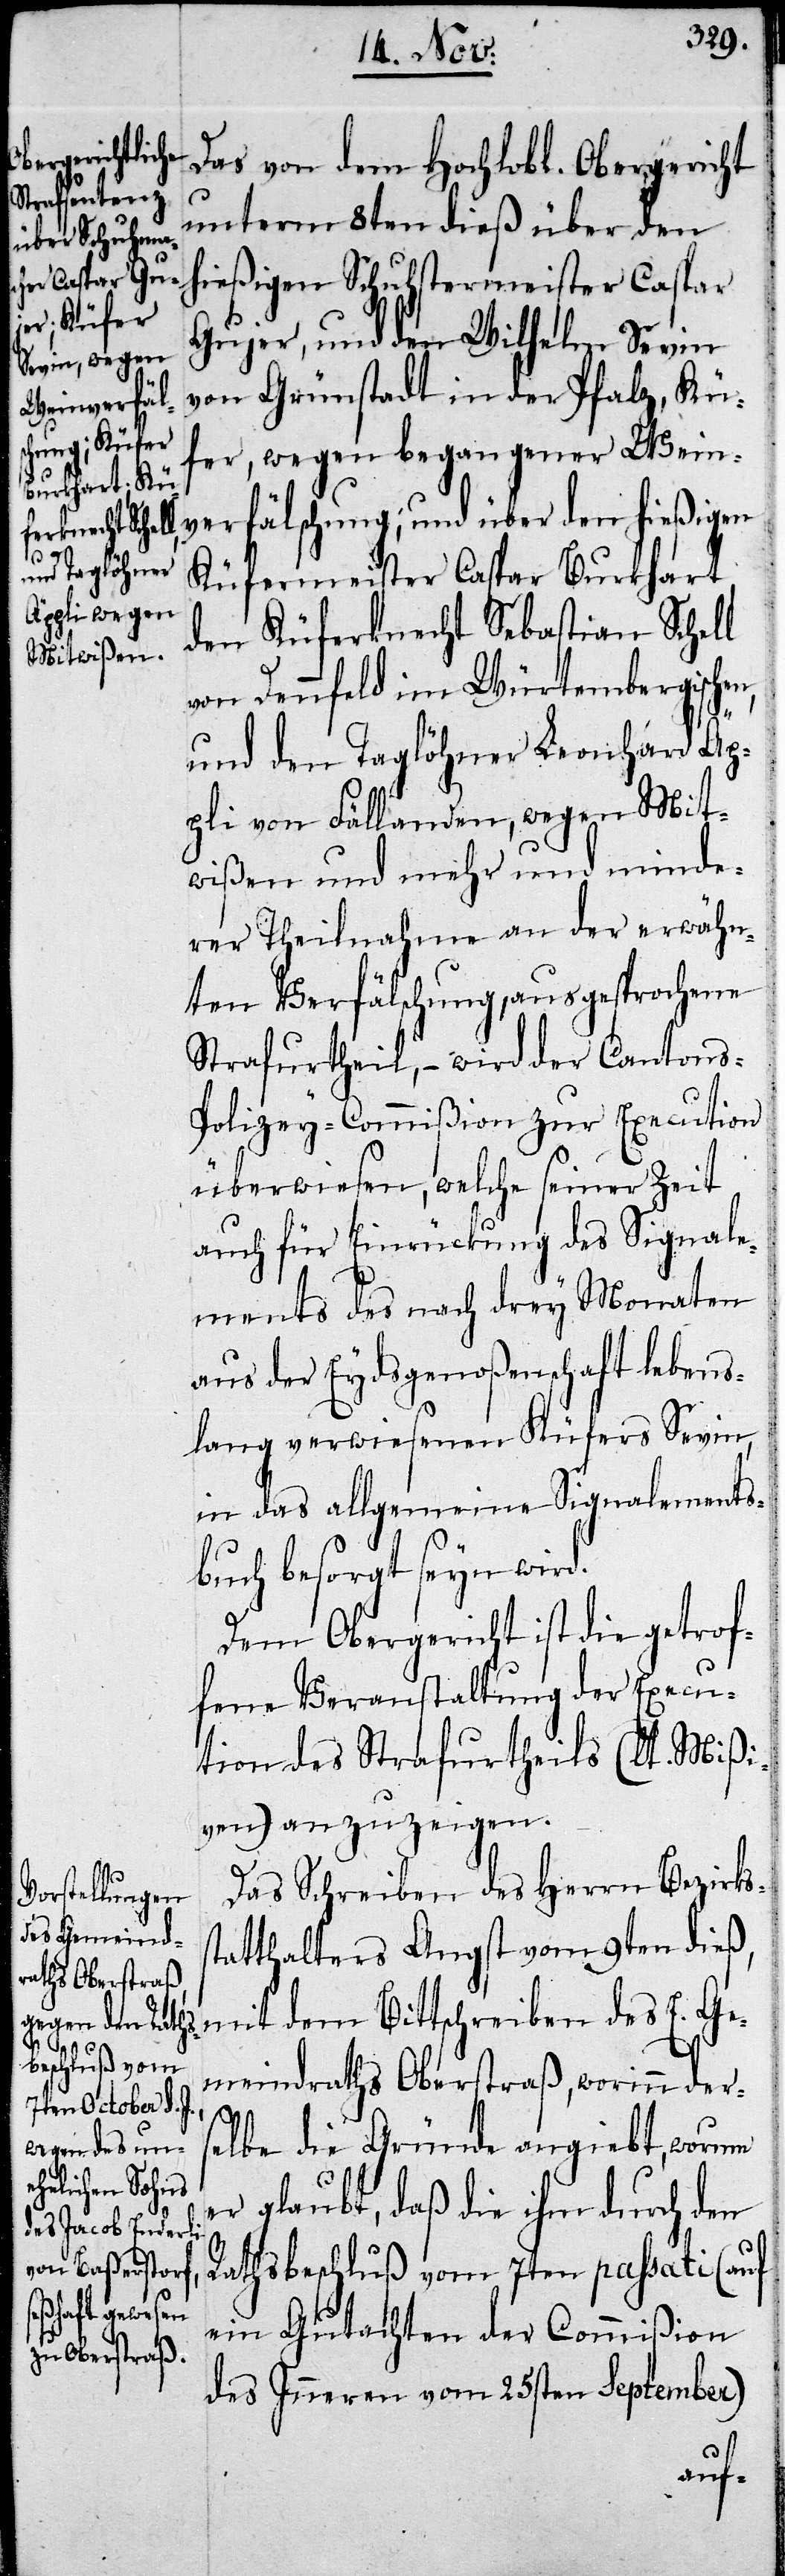
Das von dem Hochlobl. Obergericht
unterm 8ten dieß über den
hießigen Schuhstermeister Caspar
Gujer, und den Wilhelm Sevin
von Grünstadt in der Pfalz, Küf¬
er, wegen begangener Wein¬
verfälschung; und über den hießigen
Küfermeister Caspar Burkhart,
den Küferknecht Sebastian Schell
von Dennfeld im Würtembergische¬
und den Taglöhner Leonhard Äp¬
pli von Fällanden, wegen Mit¬
wißen und mehr und minde¬
rer Theilnahme an der erwähn¬
ten Verfälschung, ausgesprochene
Strafurtheil, – wird der Cantons-P¬
olizey-Commißion zur Execution
überwiesen, welche seiner Zeit
auch für Einrückung des Signale¬
ments des nach drey Monaten
aus der Eydsgenoßenschaft lebens¬
lang verwiesenen Küfers Sevin,
in das allgemeine Signalements¬
buch besorgt seyn wird.
Dem Obergericht ist die getrof¬
fene Veranstaltung der Execu¬
tion des Strafurtheils (lt. Mißi¬
s¬
ven) anzuzeigen.
Das Schreiben des Herrn Bezirks¬
tatthalters Angst vom 9ten dieß,
mit dem Bittschreiben des E. Ge¬
meinderaths Oberstraß, worinn der¬
selbe die Gründe angiebt, warum
er glaubt, daß die ihm durch den
Rathsbeschluß vom 7ten passati (auf
ein Gutachten der Commißion
des Inneren vom 25sten September)